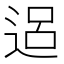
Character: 𨓐